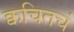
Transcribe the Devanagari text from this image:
क्वचितचं